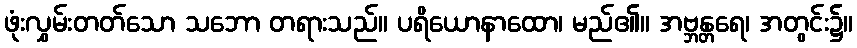
ဖုံးလွှမ်းတတ်သော သဘော တရားသည်။ ပရိယောနာထော၊ မည်၏။ အဗ္ဘန္တရေ၊ အတွင်း၌။